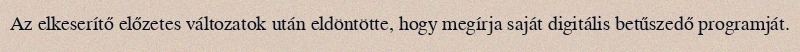
Az elkeserítő előzetes változatok után eldöntötte, hogy megírja saját digitális betűszedő programját.